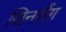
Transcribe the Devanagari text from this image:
जिनसैंग